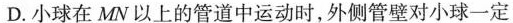
D.小球在MN以上的管道中运动时，外侧管壁对小球一定